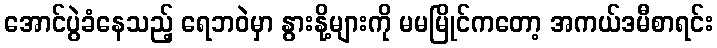
အောင်ပွဲခံနေသည့် ရေဘဝဲမှာ နွားနို့များကို မမမြိုင်ကတော့ အကယ်ဒမီစာရင်း